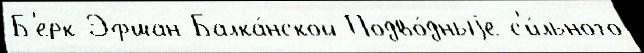
Б'ерк-Эфшан Балка́нской Подво́дныjе с'и́льного